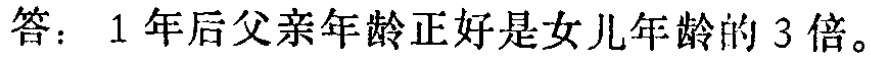
答：1年后父亲年龄正好是女儿年龄的3倍。